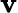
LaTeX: \boldsymbol{\mathbf{v}}